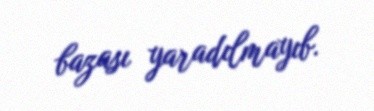
bazası yaradılmayıb.